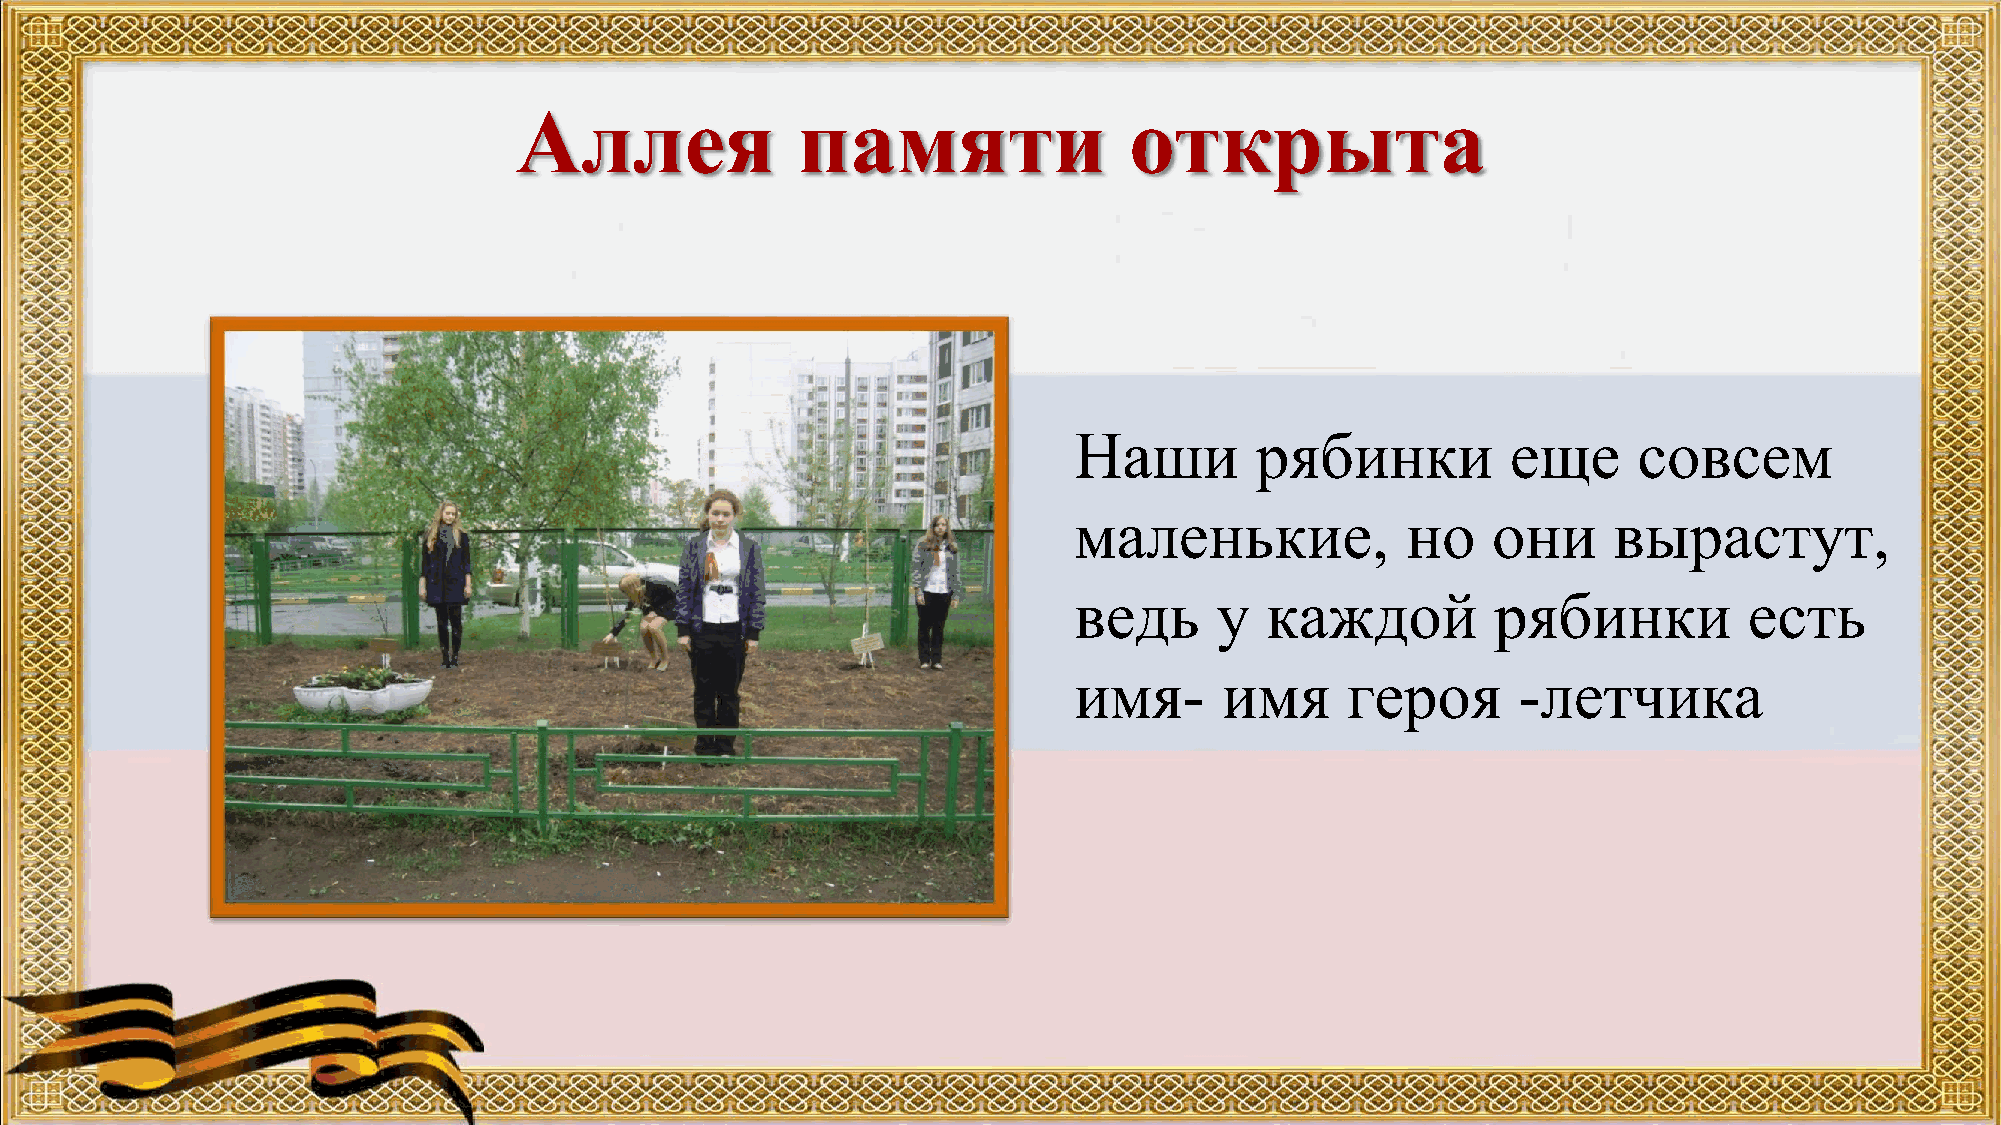
Аллея              памяти                открыта
 Наши        рябинки          еще     совсем
 маленькие,            но    они     вырастут,
 ведь      у  каждой         рябинки          есть
 имя-      имя     героя       -летчика